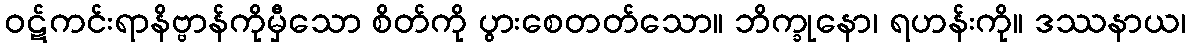
ဝဋ်ကင်းရာနိဗ္ဗာန်ကိုမှီသော စိတ်ကို ပွားစေတတ်သော။ ဘိက္ခုနော၊ ရဟန်းကို။ ဒဿနာယ၊